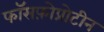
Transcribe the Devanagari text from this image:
फॉसफ़ोप्रोटीन